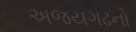
અજયગઢનો